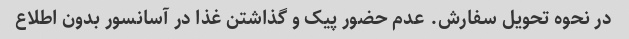
در نحوه تحویل سفارش. عدم حضور پیک و گذاشتن غذا در آسانسور بدون اطلاع